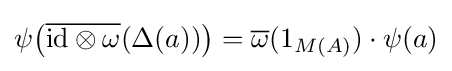
\psi \!\left({\overline {{\text{id}}\otimes \omega }}(\Delta (a))\right)={\overline {\omega }}(1_{M(A)})\cdot \psi (a)